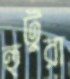
হুটুরা